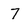
Character: 7